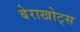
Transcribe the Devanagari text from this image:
बेराखोट्स